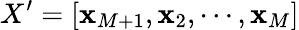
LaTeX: X^{\prime}=[\mathbf{x}_{M+1},\mathbf{x}_{2},\cdots,\mathbf{x}_{M}]